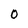
Character: O